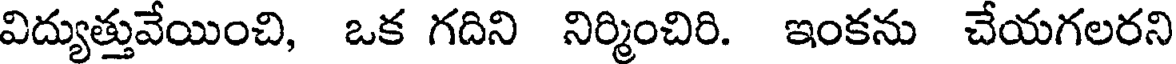
విద్యుత్తువేయించి, ఒక గదిని నిర్మించిరి. ఇంకను చేయగలరని